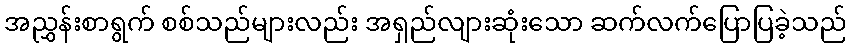
အညွှန်းစာရွက် စစ်သည်များလည်း အရှည်လျားဆုံးသော ဆက်လက်ပြောပြခဲ့သည်